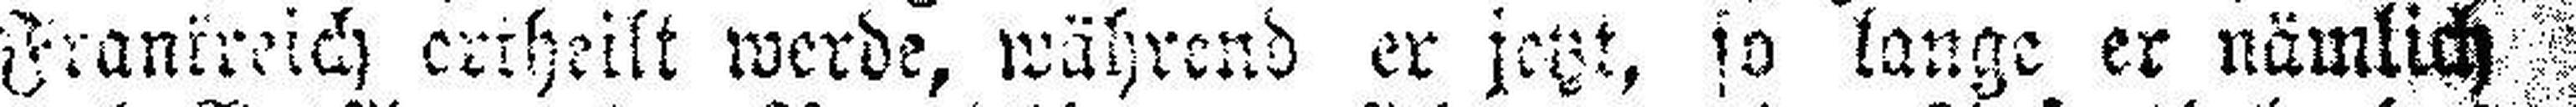
Frankreich ertheilt werde, während er jetzt, so lange er nämlich